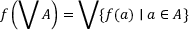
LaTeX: f \left( \bigvee A \right) = \bigvee \{ f ( a ) \mid a \in A \}